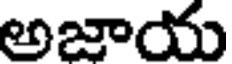
అజాయ